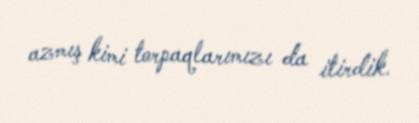
azmış kimi torpaqlarımızı da itirdik.